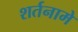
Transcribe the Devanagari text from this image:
शर्तनामे